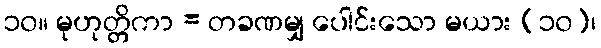
၁၀။ မုဟုတ္တိကာ = တခဏမျှ ပေါင်းသော မယား (၁၀)၊